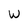
Character: W